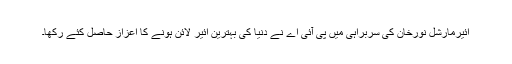
ائیرمارشل نورخان کی سربراہی میں پی آئی اے نے دنیا کی بہترین ائیر لائن ہونے کا اعزاز حاصل کئے رکھا۔